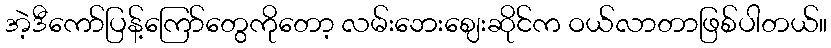
အဲ့ဒီကော်ပြန့်ကြော်တွေကိုတော့ လမ်းဘေးဈေးဆိုင်က ဝယ်လာတာဖြစ်ပါတယ်။